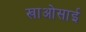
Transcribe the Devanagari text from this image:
खाओसाई